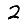
Digit: 2